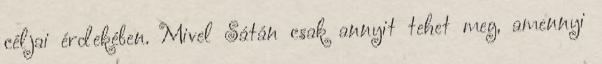
céljai érdekében. Mivel Sátán csak annyit tehet meg, amennyi